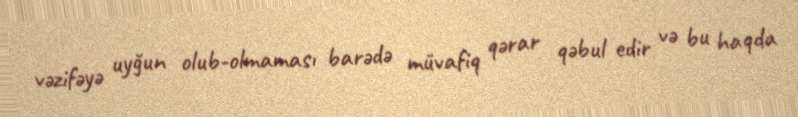
vəzifəyə uyğun olub-olmaması barədə müvafiq qərar qəbul edir və bu haqda